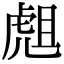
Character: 䖕